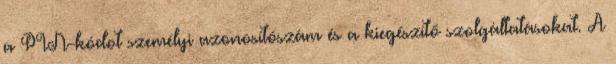
a PIN-kódot személyi azonosítószám és a kiegészítő szolgáltatásokat. A